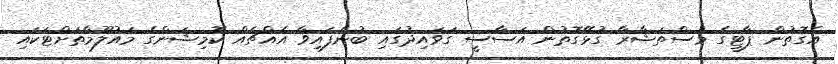
އެގޮތުން ޕާޓީގެ މުސްތަޝާރާ ގުޅޭގޮތުން އަސާސީ ގަވައިދުގައި ބުނެފައިވާ އެއްޗެއް ކޮމިޝަންގެ މައުލޫމާތަށްޓަކައި